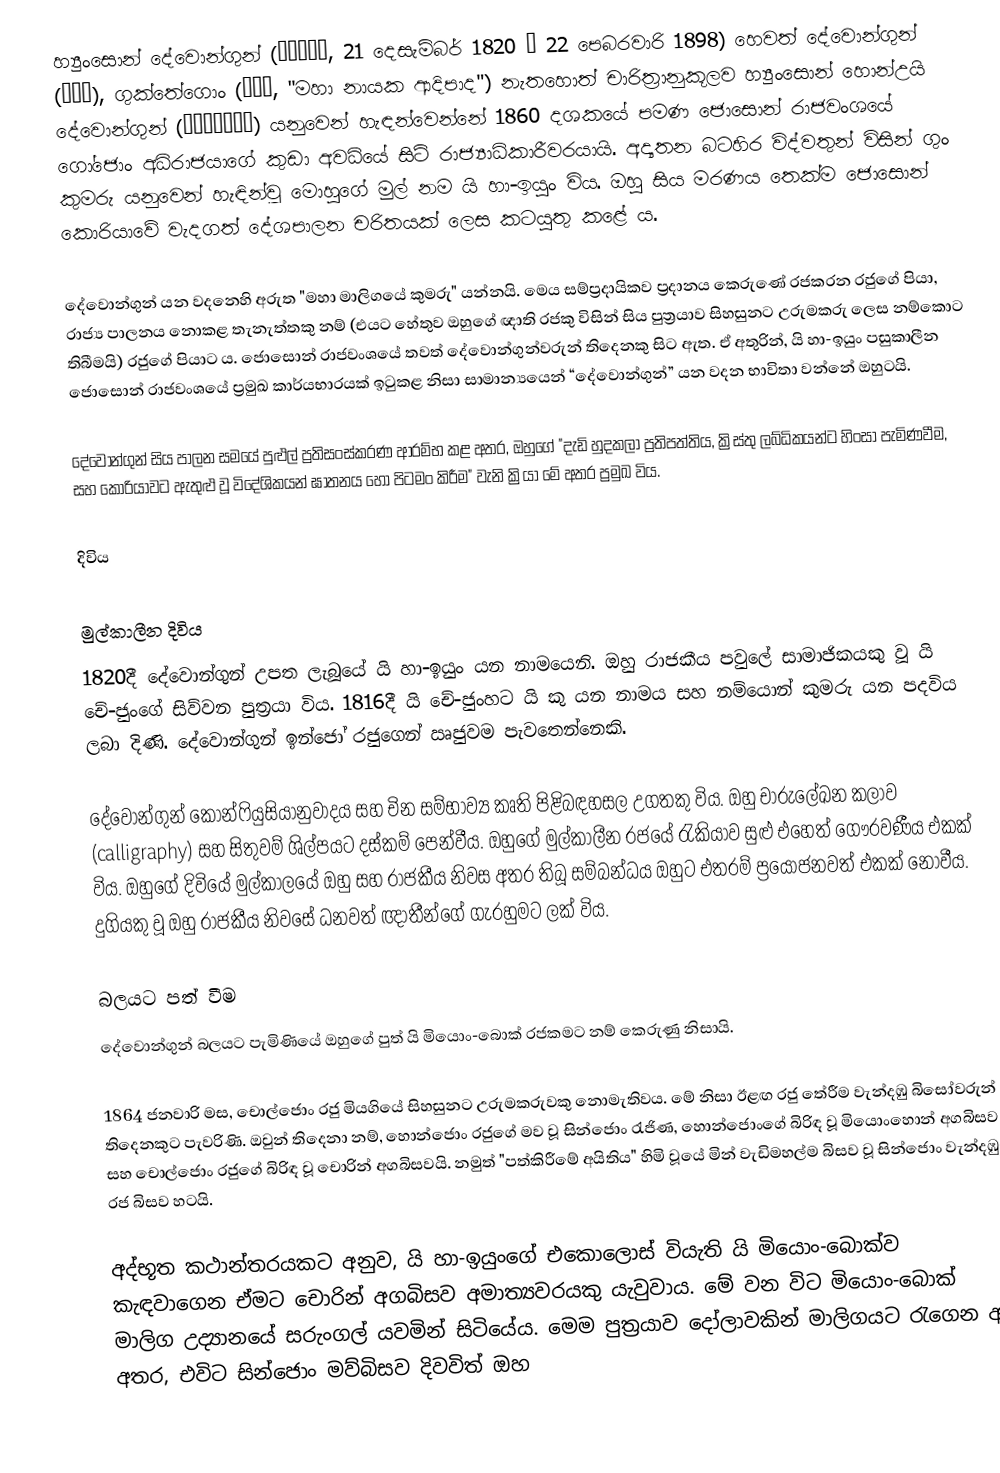
හ්‍යුංසොන් දේවොන්ගුන් (흥선대원군, 21 දෙසැම්බර් 1820 – 22 පෙබරවාරි 1898) හෙවත් දේවොන්ගුන් (대원군), ගුක්තේගොං (국태공, "මහා නායක ආදිපාද") නැතහොත් චාරිත්‍රානුකූලව හ්‍යුංසොන් හොන්උයි දේවොන්ගුන් (흥선헌의대원왕) යනුවෙන් හැඳන්වෙන්නේ 1860 දශකයේ පමණ ජොසොන් රාජවංශයේ ගෝජොං අධිරාජයාගේ කුඩා අවධියේ සිටි රාජ්‍යාධිකාරීවරයායි. අද්‍යතන බටහිර විද්වතුන් විසින් ගුං කුමරු යනුවෙන් හැඳින්වූ මොහුගේ මුල් නම යි හා-ඉයුං විය. ඔහු සිය මරණය තෙක්ම ජොසොන් කොරියාවේ වැදගත් දේශපාලන චරිතයක් ලෙස කටයුතු කළේ ය.

දේවොන්ගුන් යන වදනෙහි අරුත "මහා මාලිගයේ කුමරු" යන්නයි. මෙය සම්ප්‍රදායිකව ප්‍රදානය කෙරුණේ රජකරන රජුගේ පියා, රාජ්‍ය පාලනය නොකළ තැනැත්තකු නම් (එයට හේතුව ඔහුගේ ඥාති රජකු විසින් සිය පුත්‍රයාව සිහසුනට උරුමකරු ලෙස නම්කොට තිබීමයි) රජුගේ පියාට ය. ජොසොන් රාජවංශයේ තවත් දේවොන්ගුන්වරුන් තිදෙනකු සිට ඇත. ඒ අතුරින්, යි හා-ඉයුං පසුකාලීන ජොසොන් රාජවංශයේ ප්‍රමුඛ කාර්යභාරයක් ඉටුකළ නිසා සාමාන්‍යයෙන් “දේවොන්ගුන්” යන වදන භාවිතා වන්නේ ඔහුටයි.

දේවොන්ගුන් සිය පාලන සමයේ පුළුල් ප්‍රතිසංස්කරණ ආරම්භ කළ අතර, ඔහුගේ "දැඩි හුදකලා ප්‍රතිපත්තිය, ක්‍රිස්තු ලබ්ධිකයන්ට හිංසා පැමිණවීම, සහ කොරියාවට ඇතුළු වූ විදේශිකයන් ඝාතනය හෝ පිටමං කිරීම" වැනි ක්‍රියා මේ අතර ප්‍රමුඛ විය.

දිවිය

මුල්කාලීන දිවිය
1820දී දේවොන්ගුන් උපත ලැබූයේ යි හා-ඉයුං යන නාමයෙනි. ඔහු රාජකීය පවුලේ සාමාජිකයකු වූ යි චේ-ජුංගේ සිව්වන පුත්‍රයා විය. 1816දී යි චේ-ජුංහට යි කු යන නාමය සහ නම්යොන් කුමරු යන පදවිය ලබා දිණි. දේවොන්ගුන් ඉන්ජෝ රජුගෙන් ඍජුවම පැවතෙන්නෙකි.

දේවොන්ගුන් කොන්ෆියුසියානුවාදය සහ චින සම්භාව්‍ය කෘති පිළිබඳහසල උගතකු විය. ඔහු චාරුලේඛන කලාව (calligraphy) සහ සිතුවම් ශිල්පයට දස්කම් පෙන්වීය. ඔහුගේ මුල්කාලීන රජයේ රැකියාව සුළු එහෙත් ගෞරවණීය එකක් විය. ඔහුගේ දිවියේ මුල්කාලයේ ඔහු සහ රාජකීය නිවස අතර තිබූ සම්බන්ධය ඔහුට එතරම් ප්‍රයෝජනවත් එකක් නොවීය. දුගියකු වූ ඔහු රාජකීය නිවසේ ධනවත් ඥාතීන්ගේ ගැරහුමට ලක් විය.

බලයට පත් වීම
දේවොන්ගුන් බලයට පැමිණියේ ඔහුගේ පුත් යි මියොං-බොක් රජකමට නම් කෙරුණු නිසායි.

1864 ජනවාරි මස, චොල්ජොං රජු මියගියේ සිහසුන‍ට උරුමකරුවකු නොමැතිවය. මේ නිසා ඊළඟ රජු තේරීම වැන්දඹු බිසෝවරුන් තිදෙනකුට පැවරිණි. ඔවුන් තිදෙනා නම්, හොන්ජොං රජුගේ මව වූ සින්ජොං රැජිණ, හොන්ජොංගේ බිරිඳ වූ මියොංහොන් අගබිසව සහ චොල්ජොං රජුගේ බිරිඳ වූ චොරින් අගබිසවයි. නමුත් "පත්කිරීමේ අයිතිය" හිමි වූයේ මින් වැඩිමහල්ම බිසව වූ සින්ජොං වැන්දඹු රජ බිසව හටයි.

අද්භූත කථාන්තරයකට අනුව, යි හා-ඉයුංගේ එකොලොස් වියැති යි මියොං-බොක්ව කැඳවාගෙන ඒමට චොරින් අගබිසව අමාත්‍යවරයකු යැවුවාය. මේ වන විට මියොං-බොක් මාලිග උද්‍යානයේ සරුංගල් යවමින් සිටියේය. මෙම පුත්‍රයාව දෝලාවකින් මාලිගයට රැගෙන ආ අතර, එවිට සින්ජොං මව්බිසව දිවවිත් ඔහ